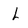
Character: L